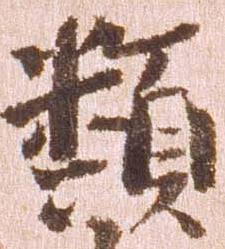
類